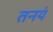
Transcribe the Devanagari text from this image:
तनयं